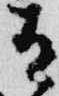
有